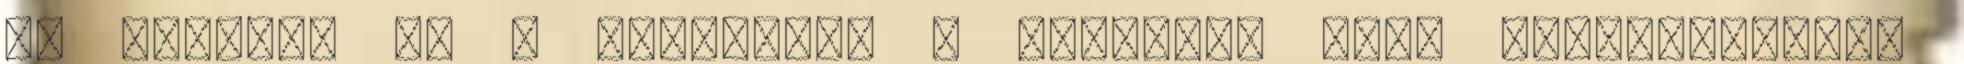
az olvasás és a rajzolás. . Rajzolni csak műkedvelőként